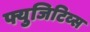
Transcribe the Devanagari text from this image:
फ्युजिटिव्स